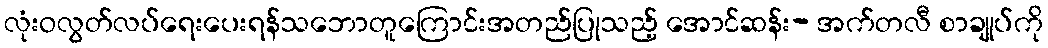
လုံးဝလွတ်လပ်ရေးပေးရန်သဘောတူကြောင်းအတည်ပြုသည့် အောင်ဆန်း- အက်တလီ စာချုပ်ကို